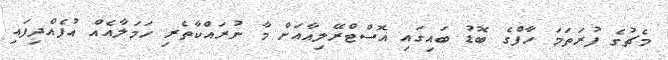
މެޗުގެ ފުރަތަމަ ހާފްގެ ބޮޑު ބައިގައި އޮސްޓްރޭލިއާއަށް މާ ނުރައްކާތެރި ހަމަލާއެއް އުފެއްދިފައި